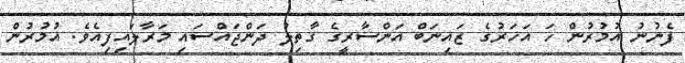
ފެނުނު އުމުރުން ހަ އަހަރުގެ ޒައިނަބް އަންސާރީގެ ގާތިލު ދަންޖައްސައި މަރާލައިފިއެވެ. އުމުރުން